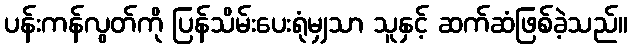
ပန်းကန်လွတ်ကို ပြန်သိမ်းပေးရုံမျှသာ သူနှင့် ဆက်ဆံဖြစ်ခဲ့သည်။